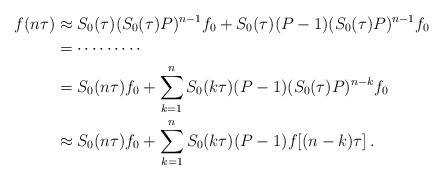
LaTeX: \begin{align*}f(n\tau) & \approx S_0(\tau) (S_0(\tau) P)^{n-1}f_0 + S_0(\tau) (P-1) (S_0(\tau) P)^{n-1}f_0 \\ & = \cdots\cdots\cdots \\ & = S_0(n\tau)f_0 + \sum_{k=1}^n S_0(k\tau) (P-1) (S_0(\tau) P)^{n-k}f_0 \\ & \approx S_0(n\tau)f_0 + \sum_{k=1}^n S_0(k\tau) (P-1) f[ (n-k) \tau]\,.\end{align*}